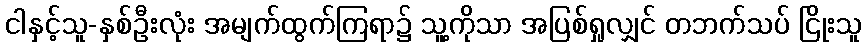
ငါနှင့်သူ-နှစ်ဦးလုံး အမျက်ထွက်ကြရာ၌ သူ့ကိုသာ အပြစ်ရှုလျှင် တဘက်သပ် ငြိုးသူ